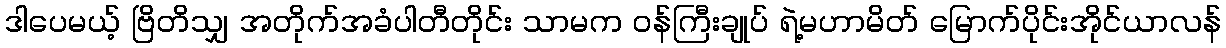
ဒါပေမယ့် ဗြိတိသျှ အတိုက်အခံပါတီတိုင်း သာမက ဝန်ကြီးချုပ် ရဲ့မဟာမိတ် မြောက်ပိုင်းအိုင်ယာလန်